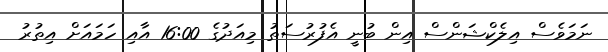
ނަމަވެސް އިލެކްޝަންސް އިން ބުނީ އެފުރުސަތު މިއަދުގެ 16:00 އާއި ހަމައަށް އިތުރު